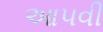
આ૫વી